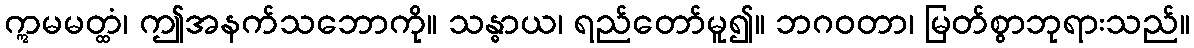
ဣမမတ္ထံ၊ ဤအနက်သဘောကို။ သန္ဓာယ၊ ရည်တော်မူ၍။ ဘဂဝတာ၊ မြတ်စွာဘုရားသည်။